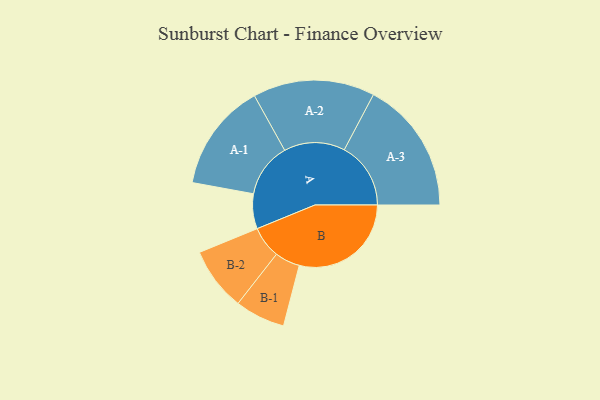
{"axis": {"x": "Segment", "y": "Value"}, "legend": ["", "A", "B"], "data": [{"x": "A", "y": 156, "type": ""}, {"x": "B", "y": 500, "type": ""}, {"x": "A-1", "y": 242, "type": "A"}, {"x": "A-2", "y": 272, "type": "A"}, {"x": "A-3", "y": 297, "type": "A"}, {"x": "B-1", "y": 112, "type": "B"}, {"x": "B-2", "y": 142, "type": "B"}]}